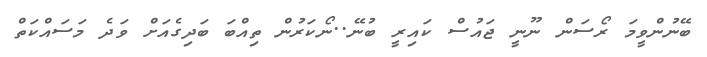
ބޭނުންވީމަ ރޯސަން ނޫނީ ޖައުސް ކައިރީ ބުނޭ..ނޯކަރުން ތިއްބަ ބަދިގެއަށް ވަދެ މަސައްކަތް